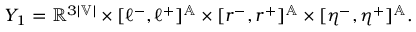
\begin{array} { r } { Y _ { 1 } = \mathbb { R } ^ { 3 | \mathbb { V } | } \times [ \ell ^ { - } , \ell ^ { + } ] ^ { \mathbb { A } } \times [ r ^ { - } , r ^ { + } ] ^ { \mathbb { A } } \times [ \eta ^ { - } , \eta ^ { + } ] ^ { \mathbb { A } } . } \end{array}